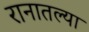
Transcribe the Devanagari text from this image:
रानातल्या